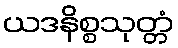
ယဒနိစ္စသုတ္တံ